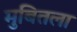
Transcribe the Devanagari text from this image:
मुबितला